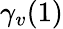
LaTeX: \gamma_{v}(1)